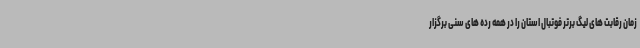
زمان رقابت های لیگ برتر فوتبال استان را در همه رده های سنی برگزار